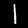
Label: 1